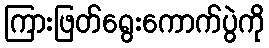
ကြားဖြတ်ရွေးကောက်ပွဲကို